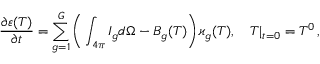
\frac { \partial \varepsilon ( T ) } { \partial t } = { \sum _ { g = 1 } ^ { G } \bigg ( \int _ { 4 \pi } I _ { g } d \Omega - B _ { g } ( T ) \bigg ) \varkappa _ { g } ( T ) } , \quad T | _ { t = 0 } = T ^ { 0 } \, ,